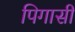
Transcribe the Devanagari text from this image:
पिगासी